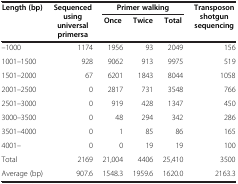
<table><thead><tr><td rowspan="2"><b>Length (bp)</b></td><td rowspan="2"><b>Sequenced using universal primersa</b></td><td colspan="3"><b>Primer walking</b></td><td rowspan="2"><b>Transposon shotgun sequencing</b></td></tr><tr><td><b>Once</b></td><td><b>Twice</b></td><td><b>Total</b></td></tr></thead><tbody><tr><td>–1000</td><td>1174</td><td>1956</td><td>93</td><td>2049</td><td>156</td></tr><tr><td>1001–1500</td><td>928</td><td>9062</td><td>913</td><td>9975</td><td>519</td></tr><tr><td>1501–2000</td><td>67</td><td>6201</td><td>1843</td><td>8044</td><td>1058</td></tr><tr><td>2001–2500</td><td>0</td><td>2817</td><td>731</td><td>3548</td><td>766</td></tr><tr><td>2501–3000</td><td>0</td><td>919</td><td>428</td><td>1347</td><td>450</td></tr><tr><td>3000–3500</td><td>0</td><td>48</td><td>294</td><td>342</td><td>286</td></tr><tr><td>3501–4000</td><td>0</td><td>1</td><td>85</td><td>86</td><td>165</td></tr><tr><td>4001–</td><td>0</td><td>0</td><td>19</td><td>19</td><td>100</td></tr><tr><td>Total</td><td>2169</td><td>21,004</td><td>4406</td><td>25,410</td><td>3500</td></tr><tr><td>Average (bp)</td><td>907.6</td><td>1548.3</td><td>1959.6</td><td>1620.0</td><td>2163.3</td></tr></tbody></table>